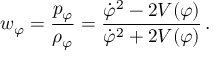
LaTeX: w _ { \varphi } = \frac { p _ { \varphi } } { { \rho } _ { \varphi } } = \frac { { \dot { \varphi } } ^ { 2 } - 2 V ( \varphi ) } { { \dot { \varphi } } ^ { 2 } + 2 V ( \varphi ) } \, .